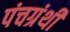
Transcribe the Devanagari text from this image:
पंचग्रंथी